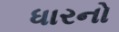
ધારનો